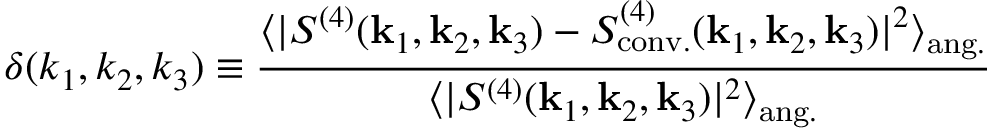
\delta ( k _ { 1 } , k _ { 2 } , k _ { 3 } ) \equiv \frac { \langle | S ^ { ( 4 ) } ( \mathbf { k } _ { 1 } , \mathbf { k } _ { 2 } , \mathbf { k } _ { 3 } ) - S _ { \mathrm { c o n v . } } ^ { ( 4 ) } ( \mathbf { k } _ { 1 } , \mathbf { k } _ { 2 } , \mathbf { k } _ { 3 } ) | ^ { 2 } \rangle _ { \mathrm { a n g . } } } { \langle | S ^ { ( 4 ) } ( \mathbf { k } _ { 1 } , \mathbf { k } _ { 2 } , \mathbf { k } _ { 3 } ) | ^ { 2 } \rangle _ { \mathrm { a n g . } } }